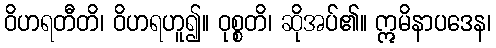
ဝိဟရတီတိ၊ ဝိဟရဟူ၍။ ဝုစ္စတိ၊ ဆိုအပ်၏။ ဣမိနာပဒေန၊